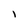
Character: l